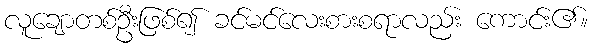
လူချောတစ်ဦးဖြစ်၍ ခင်မင်လေးစားစရာလည်း ကောင်း၏။